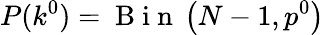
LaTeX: P(k^{0})=\mathrm{~B~i~n~}\left(N-1,p^{0}\right)